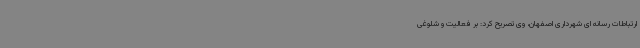
ارتباطات رسانه ای شهرداری اصفهان، وی تصریح کرد: بر فعالیت و شلوغی